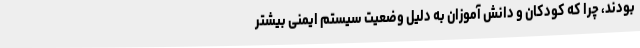
بودند، چرا که کودکان و دانش آموزان به دلیل وضعیت سیستم ایمنی بیشتر